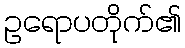
ဥရောပတိုက်၏